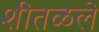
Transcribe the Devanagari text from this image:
शीतळले